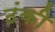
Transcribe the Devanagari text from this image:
ठंकी